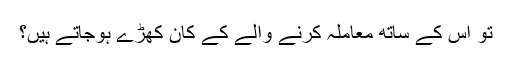
تو اس کے ساتھ معاملہ کرنے والے کے کان کھڑے ہوجاتے ہیں؟